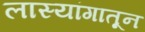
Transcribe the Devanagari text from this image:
लास्यांगातून